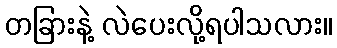
တခြားနဲ့ လဲပေးလို့ရပါသလား။